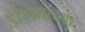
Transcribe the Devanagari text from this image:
डॅशियाच्या